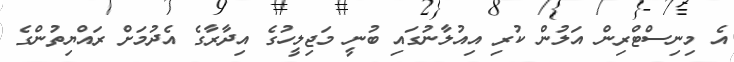
އެ މިނިސްޓްރިން އަލުން ކުރި އިއުލާނުގައި ބުނީ މަޖިލީހުގެ އިދާރާގެ އެދުމަށް ރައްޔިތުންގެ